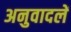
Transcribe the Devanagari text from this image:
अनुवादलें